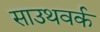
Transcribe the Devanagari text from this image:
साउथवर्क